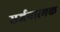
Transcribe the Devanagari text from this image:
सर्जनात्‍मक